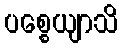
ပစ္စေယျာသိ